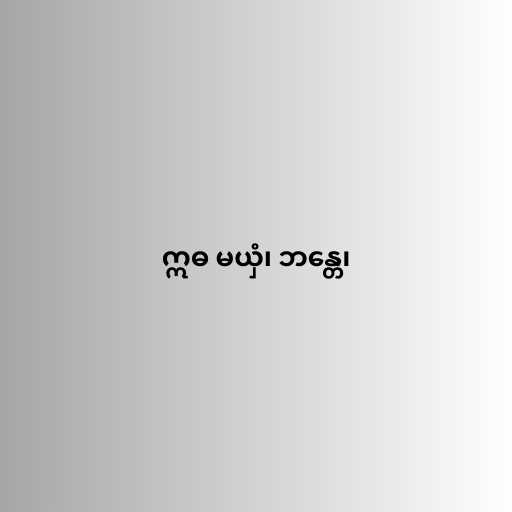
ဣဓ မယှံ၊ ဘန္တေ၊